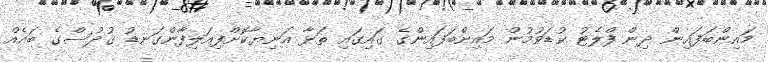
މައިންބަފައިން ދިން ފްލެޓު ކުޑަވުމުން މައިންބަފައިންގެ ގައިގައި ތަޅާ އަނިޔާކޮށްފިއަލިފާންގަނޑު ޤުދުސްގެ ބައެއް